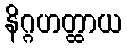
နိဂ္ဂဟတ္ထာယ